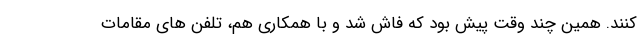
کنند. همین چند وقت پیش بود که فاش شد و با همکاری هم، تلفن های مقامات